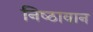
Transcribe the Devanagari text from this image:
निष्‍ठावान